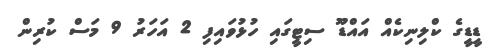
ޑީޑީގެ ކްލިނިކެއް އައްޑޫ ސިޓީގައި ހުޅުވައިފި 2 އަހަރު 9 މަސް ކުރިން